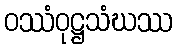
ဝဿံဝုဋ္ဌသံဃဿ